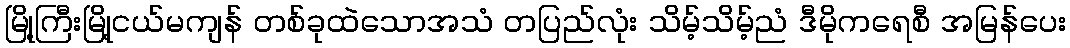
မြို့ကြီးမြို့ငယ်မကျန် တစ်ခုထဲသောအသံ တပြည်လုံး သိမ့်သိမ့်ညံ ဒီမိုကရေစီ အမြန်ပေး